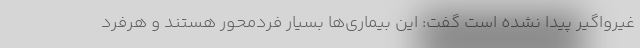
غیرواگیر پیدا نشده است گفت: این بیماری‌ها بسیار فردمحور هستند و هرفرد